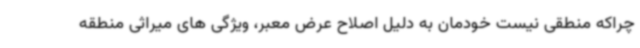
چراکه منطقی نیست خودمان به دلیل اصلاح عرض معبر، ویژگی های میراثی منطقه